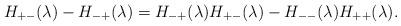
LaTeX: \begin{align*}H_{+-}(\lambda)-H_{-+}(\lambda)=H_{-+}(\lambda)H_{+-}(\lambda)-H_{--}(\lambda)H_{++}(\lambda).\end{align*}